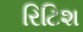
રિટિશ